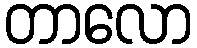
တာလော